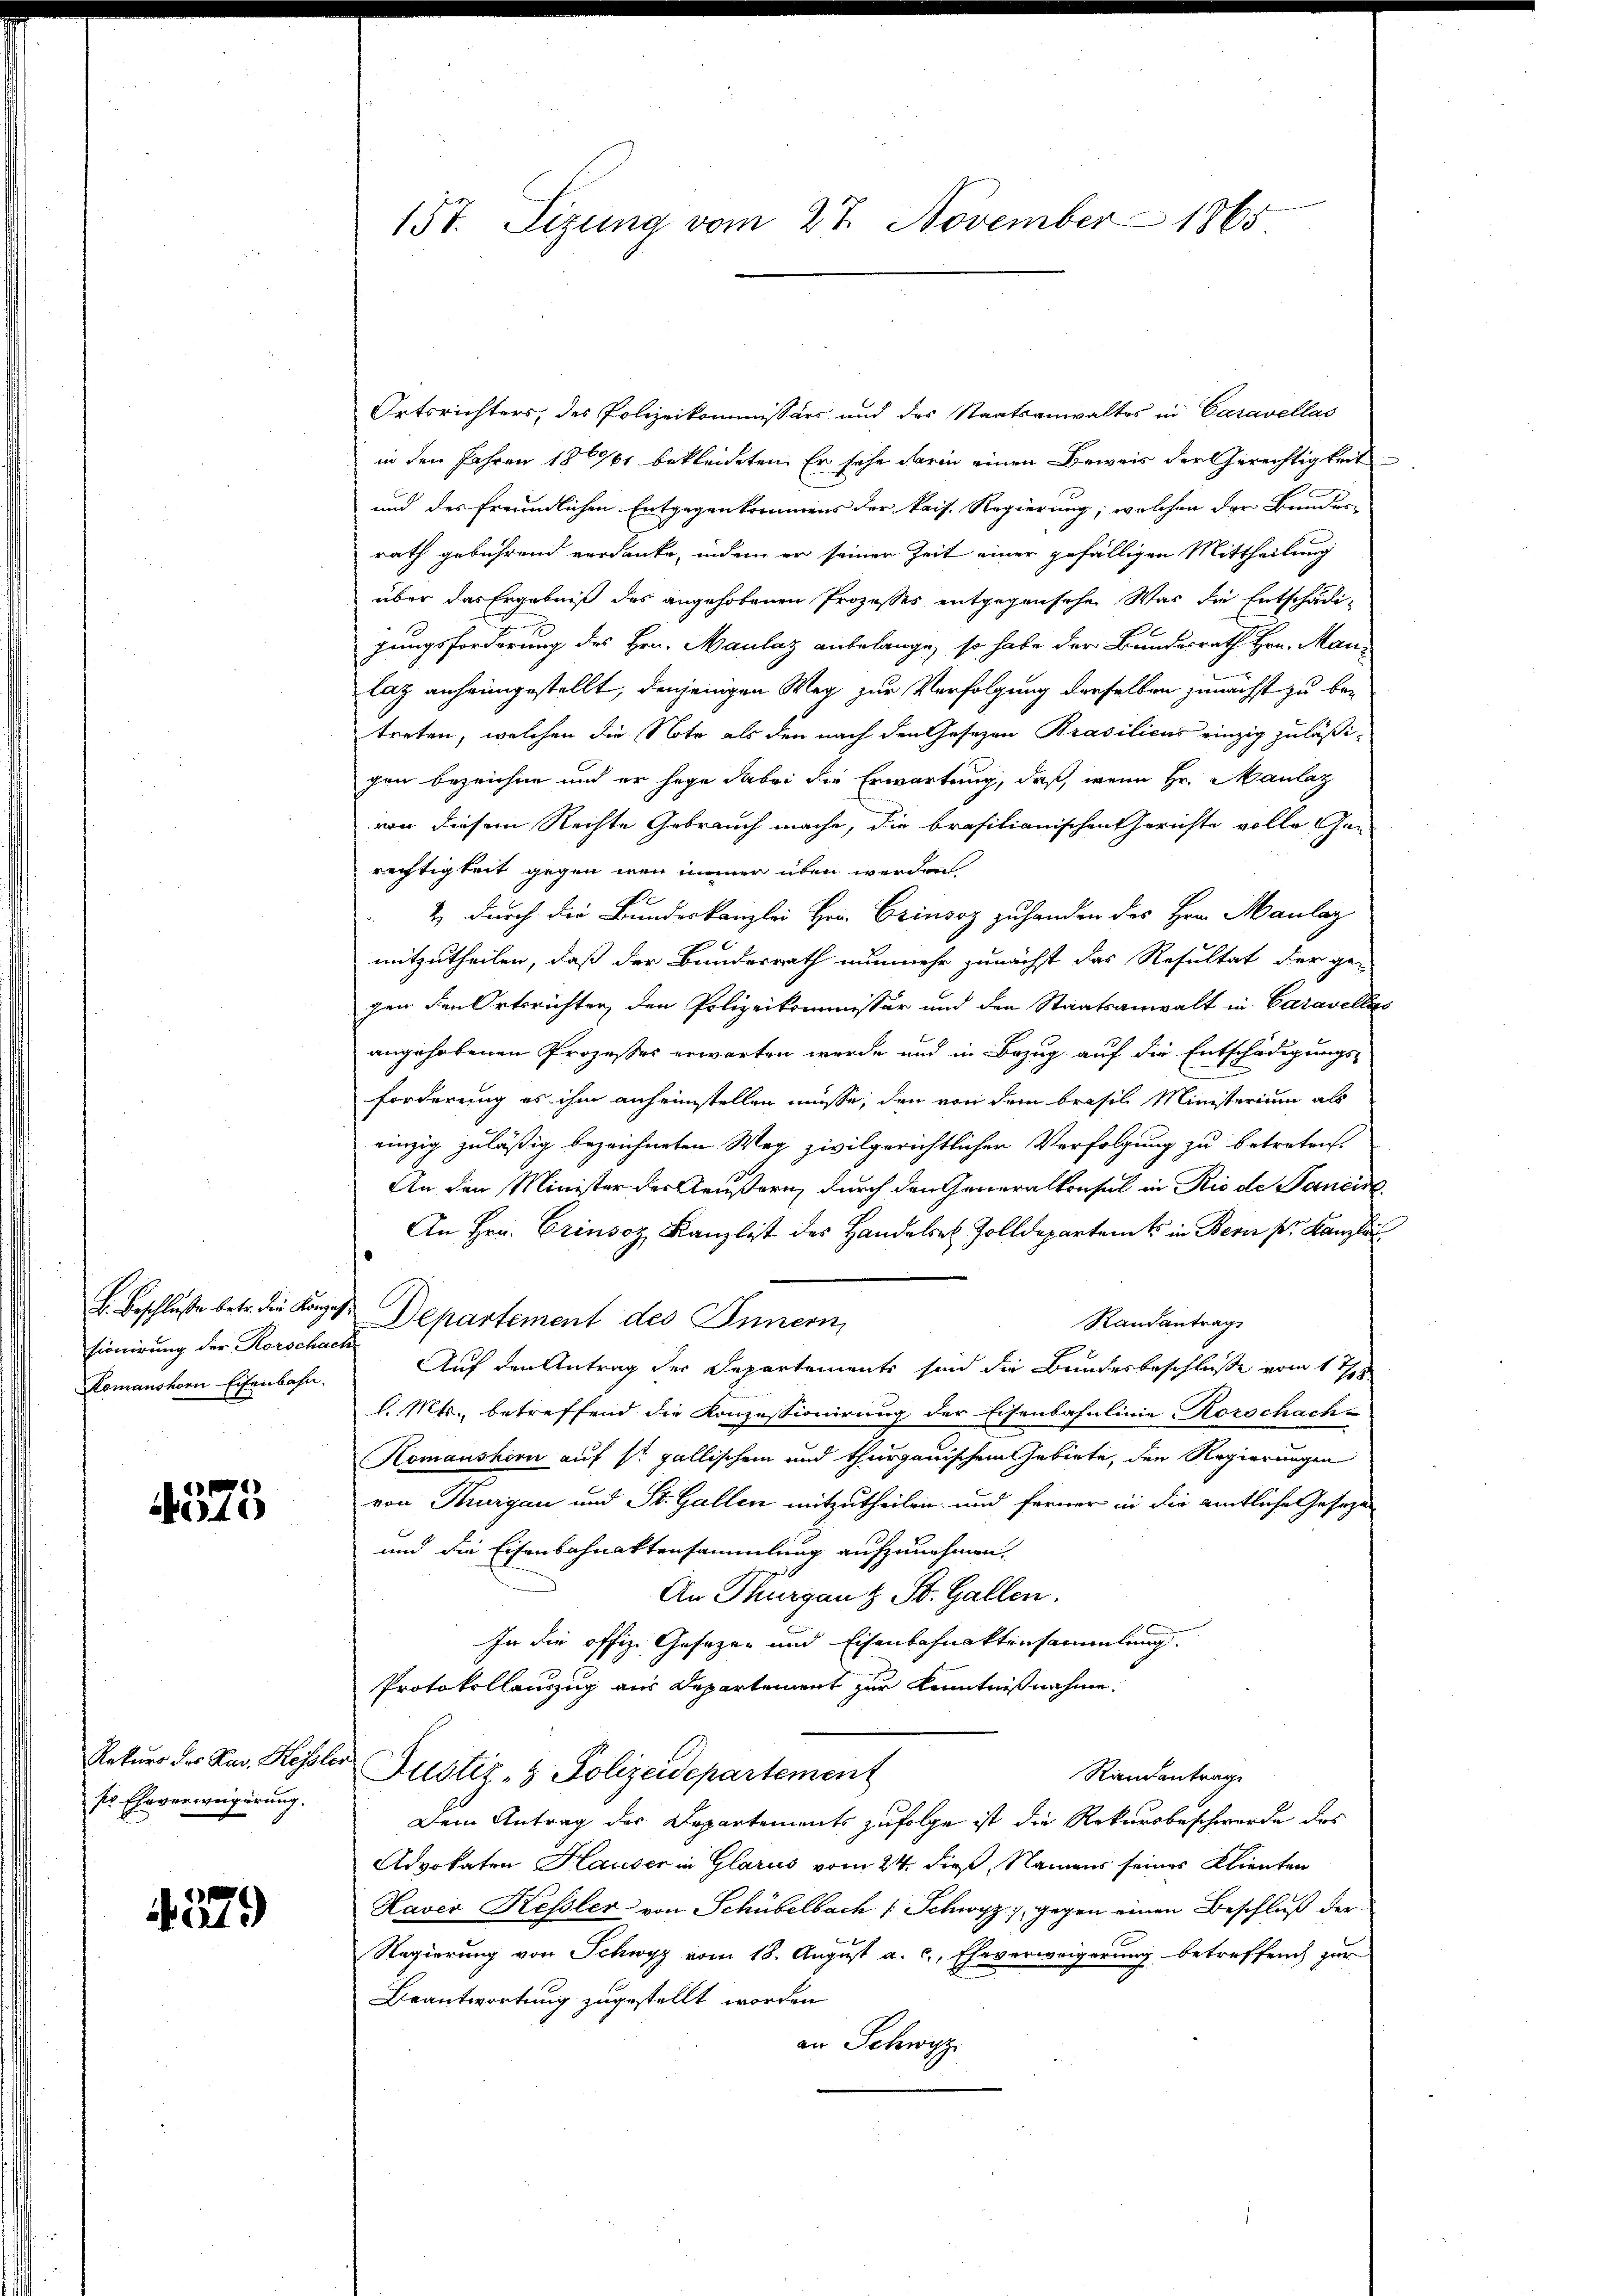
Hr. Beschlusse betr. die Konzess
sionirung der Korschach
Komanshorn Eisenbahn.

375

Rekurs des Kai, Kessler
ser Eheverweigerung.

4579

157. Sizung vom 27. November 1865

Ortsrichters, des Polizeikommissärs und des Staatsanwaltes in Caravellas
in den Jahren 1861 bekleideten. Er sehe darin einen Beweis der Gerechtigkeit
und des freundlichen Entgegenkommens der kais. Regierung, welchen der Bunden
rath gebührend verdanke, indem er seiner Zeit einer gefälligen Mittheilung
über das Ergebniß des angehobenen Prozesses entgegenschen Was die Entschädizungsforderung des Hrn. Maulaz anbelange, so habe der Bundesrath Hrn. Manlaz anheimgestellt, denjenigen Weg zur Verfolgung derselben zunächst zu betreten, welchen die Note als den nach den Gesezen Brasilicus einzig zuläßigen bezeichne und er sage dabei die Erwartung, daß, wenn Hr. Maulaz
von diesem Rechte Gebrauch mache, die brasilianischen Gerichte volle Gen
rechtigkeit gegen wenn immer üben werden
2 durch die Bundeskanzlei Hrn. Czinsoz zu handen des Hrn. Maulaz
mitzutheilen, daß der Bundesrath nunmehr zunächst das Resultat der gegen den Ortsrichter, den Polizeikommissär und den Staatsanwalt in Caravellar
angehobenen Prozesses erwarten werde und in Bezug auf die Entschädigungs-
forderung es ihm anheimstellen müsse, den von dem Brasil Ministerium als
einzig zuläßig bezeichneten Weg zivilgerichtlicher Verfolgung zu betreten.
An den Minister der Aeußern durch den Generalkonsul in Rio de Pancirt
An Hrn. Grinsoz, Kanzlist des Handelst Zolldepartamts in Bern pr. Kanzle
Departement des Innern
Randantrag
Auf den Antrag der Departemente sind die Bundesbeschluße vom 11
l. Mts., betreffend die Konzessionirung der Eisenbahnlinie Korschach-
Komanshorn auf so gallischem und thurgauischen Gebiete, den Regierungen
von Thurgau und St. Gallen mitzutheilen und ferner in die amtliche Geseze
und die Eisenbahnaktensammlung aufzunehmen.
An Thurgau & St. Gallen.
In die offiz. Gesezen und Eisenbahnaktensammlung.
Protokollauszug aus Departement zur Kenntnißnahme.
Justiz- & Polizeidepartement
Randantrage
Dem Antrag des Departements zufolge ist die Rekursbeschwerde des
Advokaten Hauser in Glarus vom 24. dieß, Namens seines Klienten
Kavio Kessler von Schübelbach Schwyz gegen einen Beschluß der
Regierung von Schwyz vom 18. August a. c., Eheverweigerung betreffend zur
Beantwortung zugestellt worden
an Schwyz